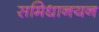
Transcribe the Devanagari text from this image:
समिधानयन